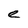
Character: e